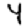
Digit: 4